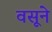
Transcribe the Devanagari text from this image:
वसूने